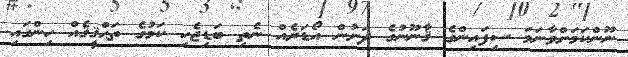
ނޫންކަމަށްވާނަމަ ސިފައިންގެ ޤާނޫނުގެ ދަށުން އޯޑަރެއް ނެތި ބަޑިޖެހި ކަމުގެ ތަޙްޤީޤެއް ހިންގައި